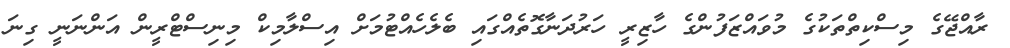
ރާއްޖޭގެ މިސްކިތްތަކުގެ މުވައްޒަފުންގެ ހާޒިރީ ހަރުދަނާގޮތެއްގައި ބެލެހެއްޓުމަށް އިސްލާމިކް މިނިސްޓްރީން އަންނަނީ ގިނަ